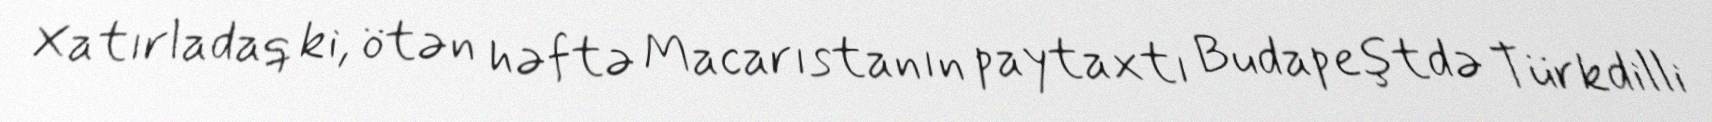
Xatırladaq ki, ötən həftə Macarıstanın paytaxtı Budapeştdə Türkdilli